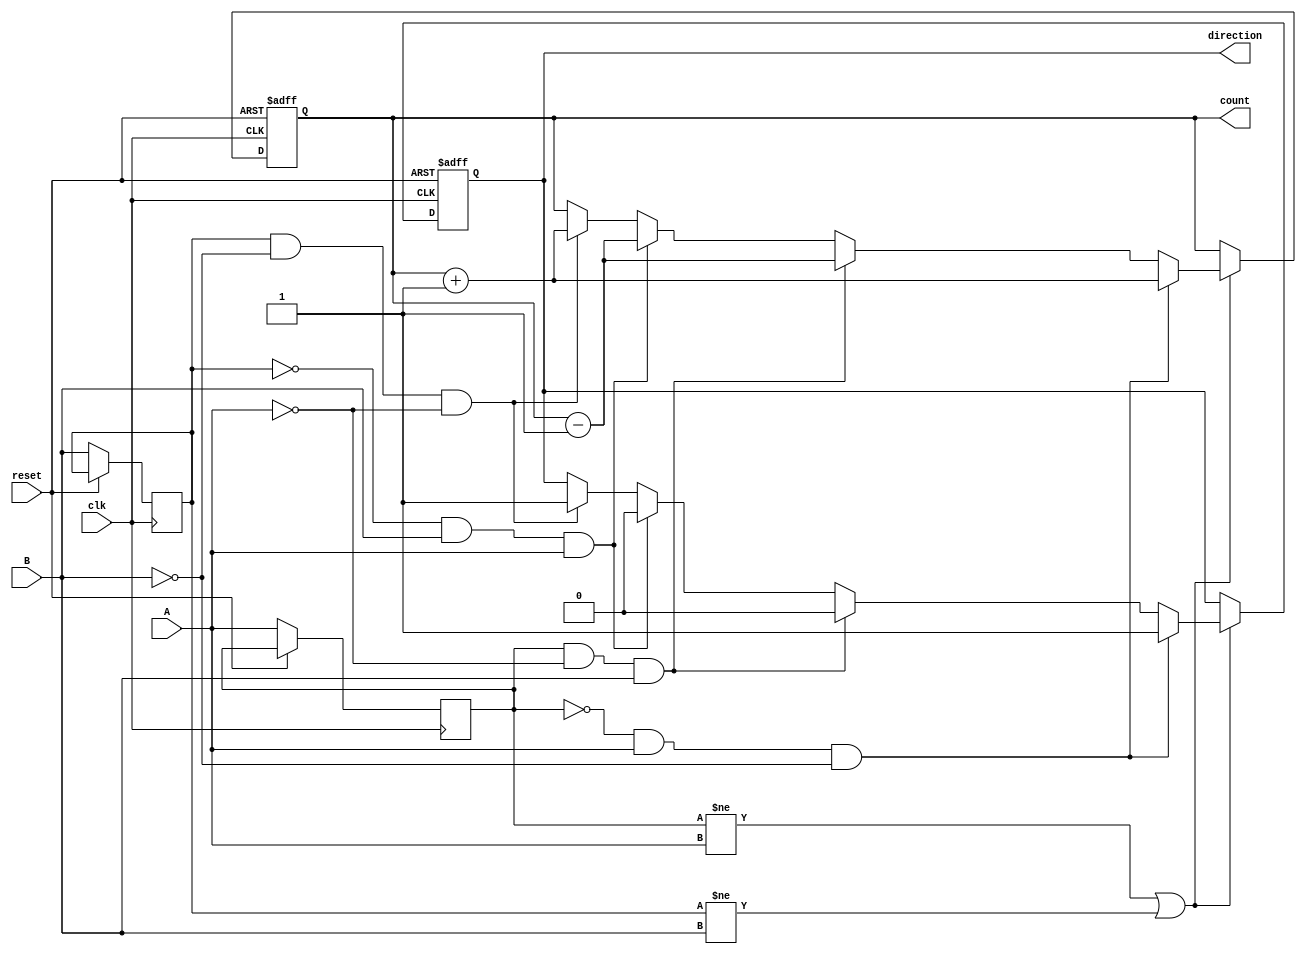
module rotary_encoder (
    input wire A,          // First output signal from the rotary encoder
    input wire B,          // Second output signal from the rotary encoder
    input wire reset,      // Reset signal
    input wire clk,        // Clock signal for synchronization
    output reg [7:0] count, // 8-bit binary count representing the position
    output reg direction    // Direction signal (1 for CW, 0 for CCW)
);

    reg A_reg, B_reg;      // Registers to hold the previous states of A and B

    // Always block to handle rising edge of the clock
    always @(posedge clk or posedge reset) begin
        if (reset) begin
            count <= 8'b0; // Reset the count to zero
            direction <= 1'b0; // Reset direction (default to CCW)
        end else begin
            // Detect changes in the signals A and B
            A_reg <= A;
            B_reg <= B;

            // Check for transitions and determine direction
            if (A_reg != A || B_reg != B) begin
                if (A_reg == 1'b0 && A == 1'b1 && B == 1'b0) begin
                    // A goes from 0 to 1, B is 0 -> CW
                    count <= count + 1;
                    direction <= 1'b1; // CW
                end else if (A_reg == 1'b1 && A == 1'b0 && B == 1'b1) begin
                    // A goes from 1 to 0, B is 1 -> CCW
                    count <= count - 1;
                    direction <= 1'b0; // CCW
                end else if (B_reg == 1'b0 && B == 1'b1 && A == 1'b1) begin
                    // B goes from 0 to 1, A is 1 -> CCW
                    count <= count - 1;
                    direction <= 1'b0; // CCW
                end else if (B_reg == 1'b1 && B == 1'b0 && A == 1'b0) begin
                    // B goes from 1 to 0, A is 0 -> CW
                    count <= count + 1;
                    direction <= 1'b1; // CW
                end
            end
        end
    end

endmodule